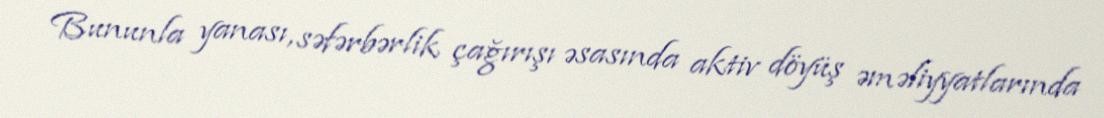
Bununla yanası, səfərbərlik çağırışı əsasında aktiv döyüş əməliyyatlarında